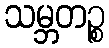
သမ္ဘတဉ္စ